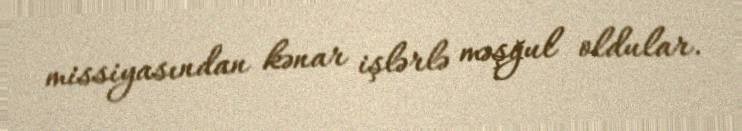
missiyasından kənar işlərlə məşğul oldular.